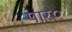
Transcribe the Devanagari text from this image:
पार०